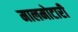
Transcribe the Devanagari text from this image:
मालमोटारी